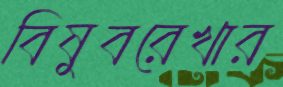
বিষুবরেখার